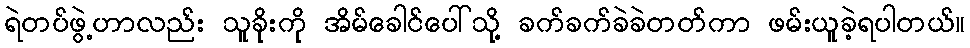
ရဲတပ်ဖွဲ့ဟာလည်း သူခိုးကို အိမ်ခေါင်ပေါ်သို့ ခက်ခက်ခဲခဲတတ်ကာ ဖမ်းယူခဲ့ရပါတယ်။